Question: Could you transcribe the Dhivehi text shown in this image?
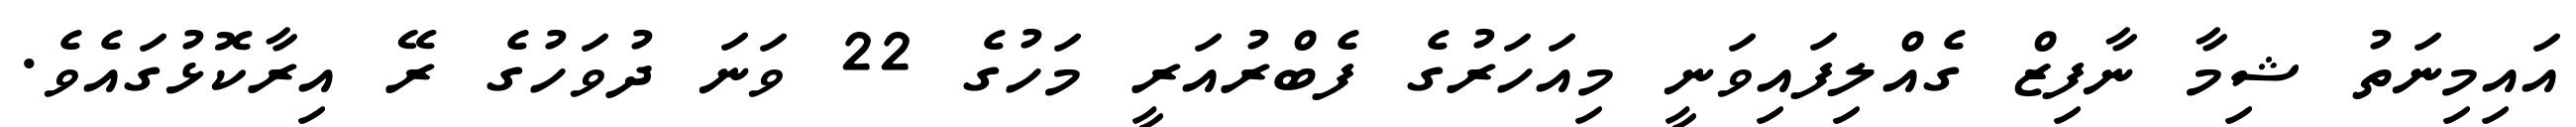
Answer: އައިމިނަތު ޝިމާ ނާފިޒް ގެއްލިފައިވަނީ މިއަހަރުގެ ފެބްރުއަރީ މަހުގެ 22 ވަނަ ދުވަހުގެ ރޭ އިރާކޮޅުގައެވެ.